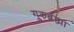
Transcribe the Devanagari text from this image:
गुरुर्ब्रह्मा